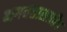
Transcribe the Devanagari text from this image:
भगवंतासाठीच